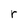
Character: r